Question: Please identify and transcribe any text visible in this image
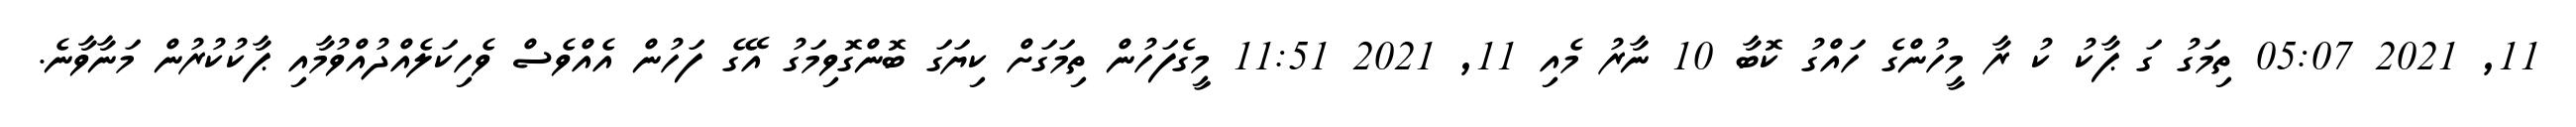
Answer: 11, 2021 05:07 ތިމަގު ގަ ޕާކު ކު ރާ މީހުންގެ ހައްގު ކޮބާ 10 ނާރު މެއި 11, 2021 11:51 މީގެފަހުން ތިމަގަށް ކިޔަގަ ބޮންގޮވިމަގު އޭގެ ފަހުން އެއްވެސް ވެހިކަލެއްދުއްވުމާއި ޕާކުކުރުން މަނާވާނެ.